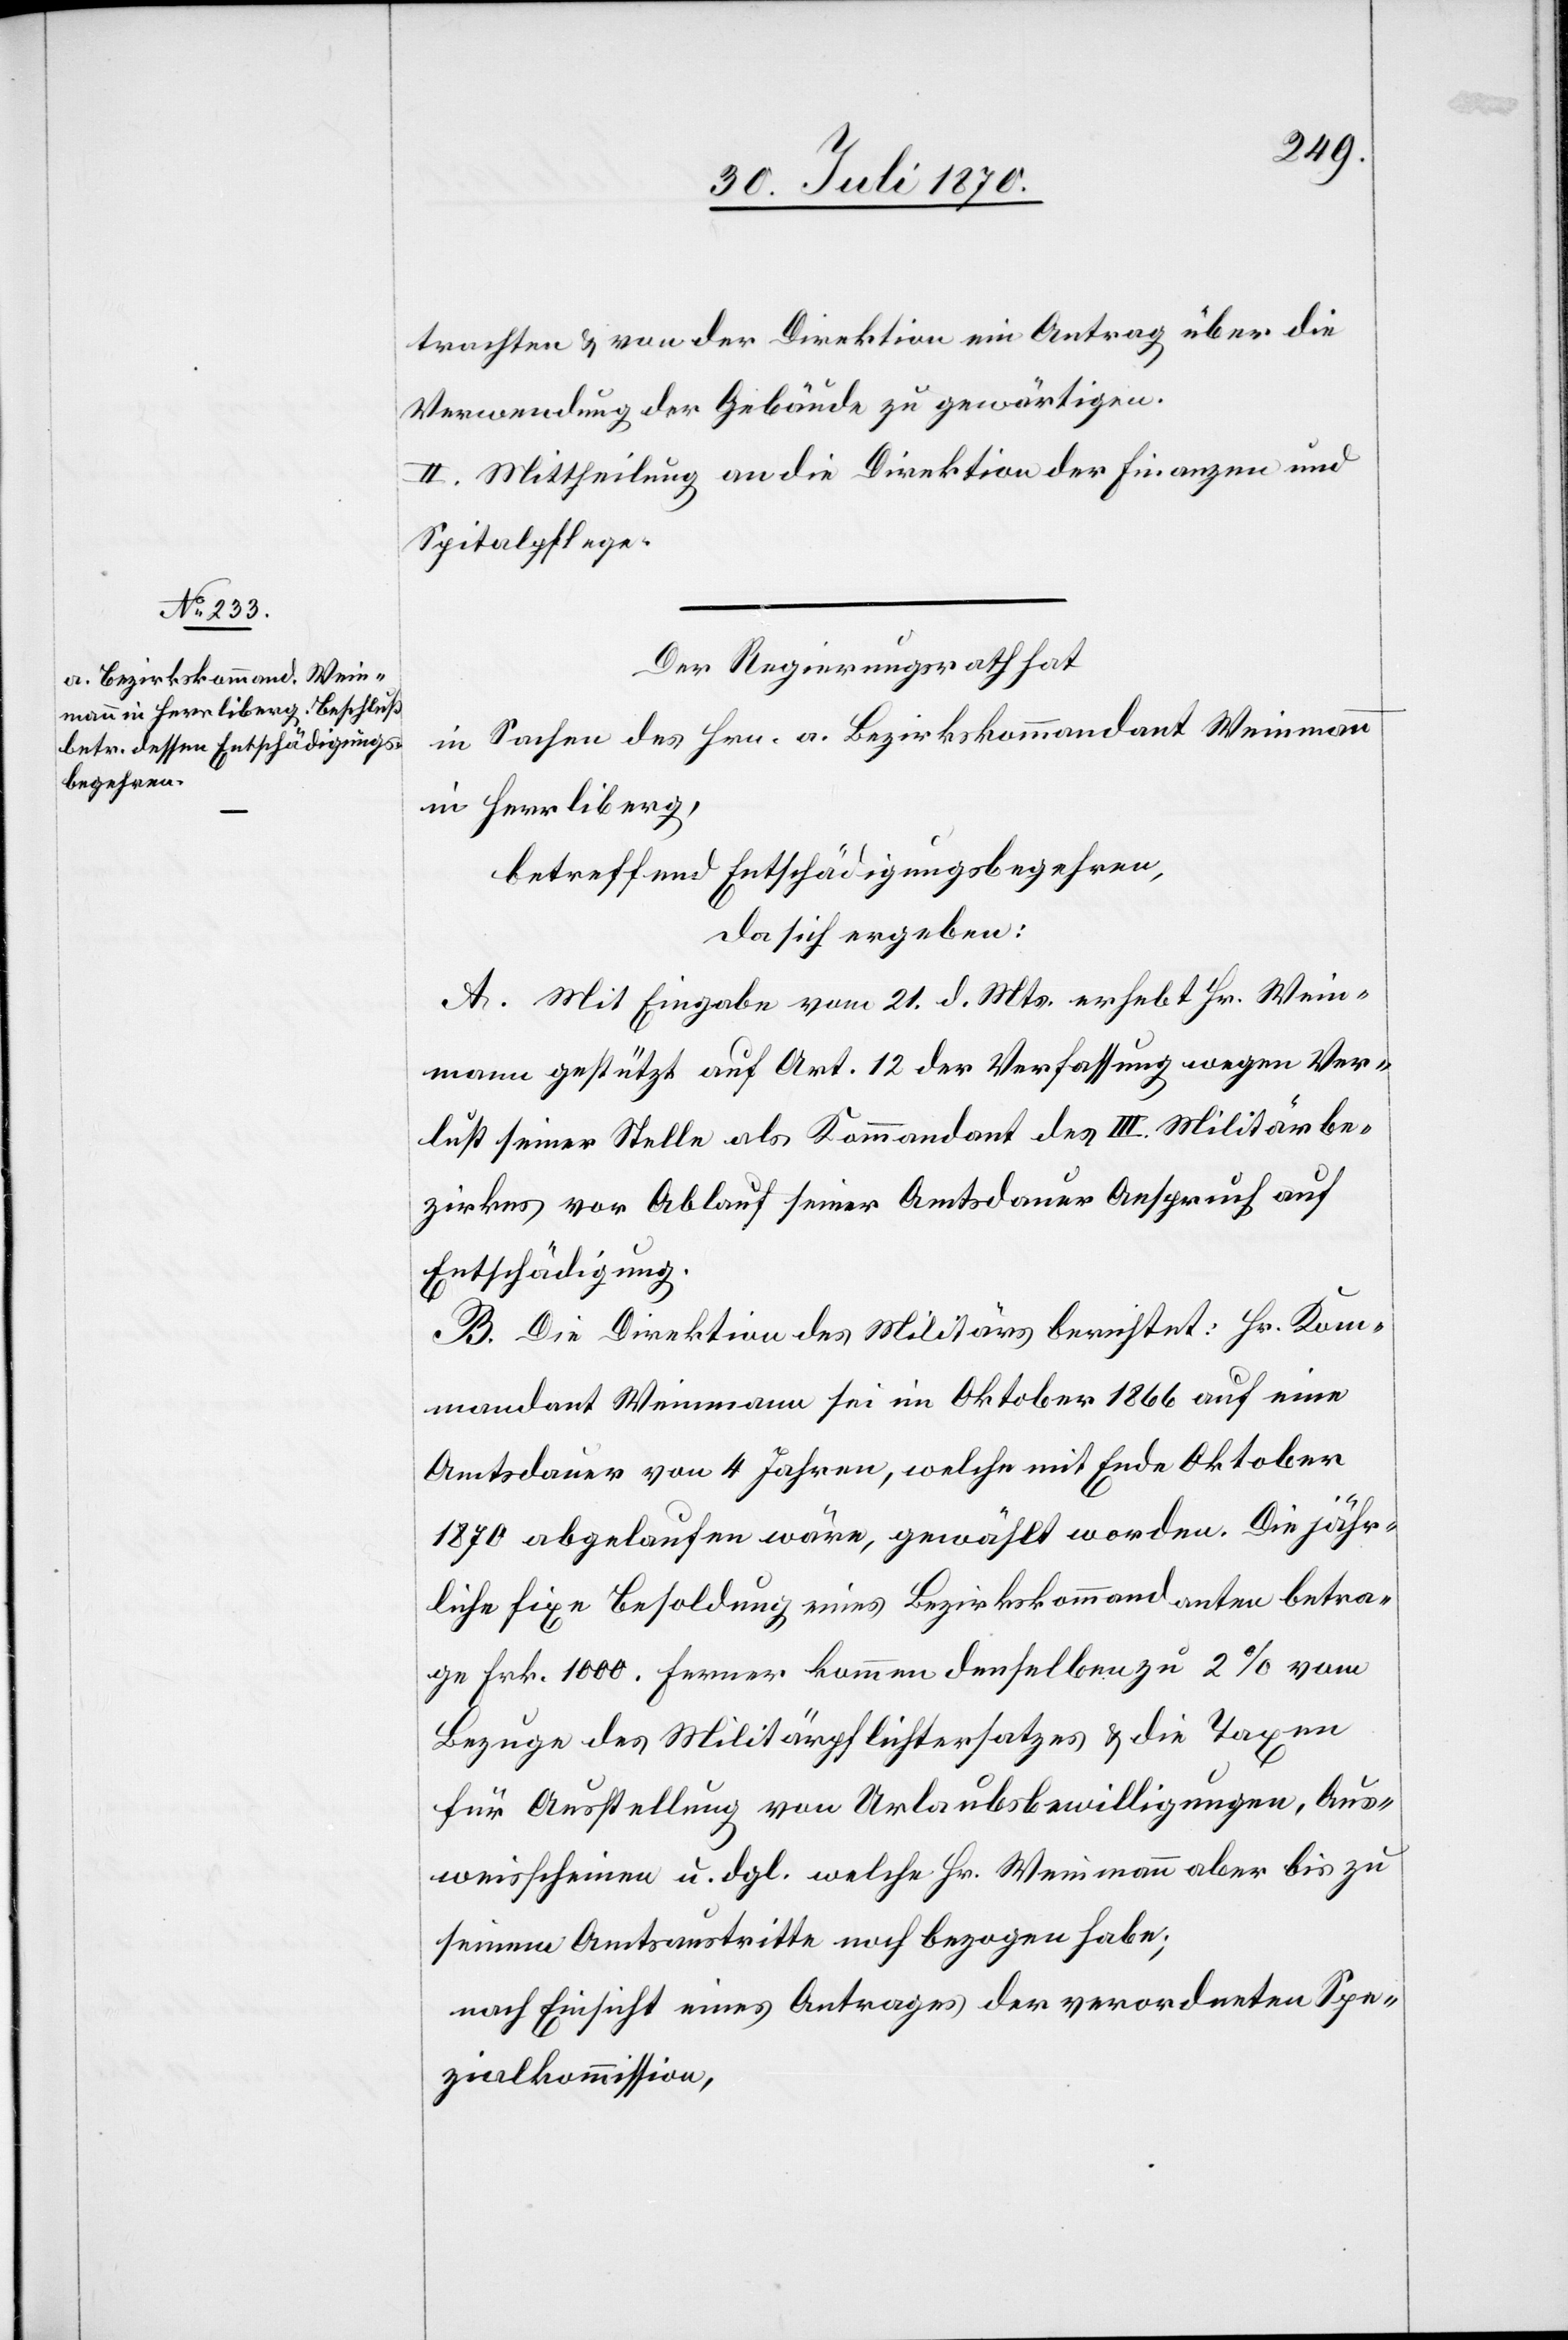
trachten & von der Direktion ein Antrag über die
Verwendung der Gebäude zu gewärtigen.
II. Mittheilung an die Direktion der Finanzen und
Spitalpflege.
Der Regierungsrath hat
in Sachen des Hrn. a. Bezirkskommandant Weinmann
in Herrliberg,
betreffend Entschädigungsbegehren,
da sich ergeben:
A. Mit Eingabe vom 21. d. Mts. erhebt Hr. Wein¬
mann gestützt auf Art. 12 der Verfassung wegen Ver¬
lust seiner Stelle als Kommandant des III. Militärbe¬
zirks vor Ablauf seiner Amtsdauer Anspruch auf
Entschädigung.
B. Die Direktion des Militärs berichtet: Hr. Kom¬
mandant Weinmann sei im Oktober 1866 auf eine
Amtsdauer von 4 Jahren, welche mit Ende Oktober
1870 abgelaufen wäre, gewählt worden. Die jähr¬
liche Besoldung eines Bezirkskommandanten betra¬
ge Frk. 1000. Ferner kommen denselben zu 2% vom
Bezuge des Militärpflichtersatzes & die Taxen
für Ausstellung von Urlaubsbewilligungen, Aus¬
weisscheinen u. dgl. welche Hr. Weinmann aber bis zu
seinem Amtsaustritte noch bezogen habe;
nach Einsicht eines Antrages der verordneten Spe¬
zialkommission,